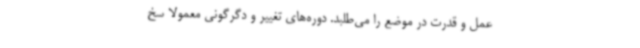
عمل و قدرت در موضع را می‌طلبد. دوره‌های تغییر و دگرگونی معمولا سخ